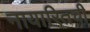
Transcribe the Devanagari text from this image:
नायारितची